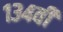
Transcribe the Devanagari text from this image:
१३४वी